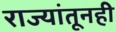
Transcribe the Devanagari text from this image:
राज्यांतूनही